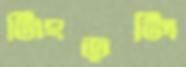
নিংড়লি